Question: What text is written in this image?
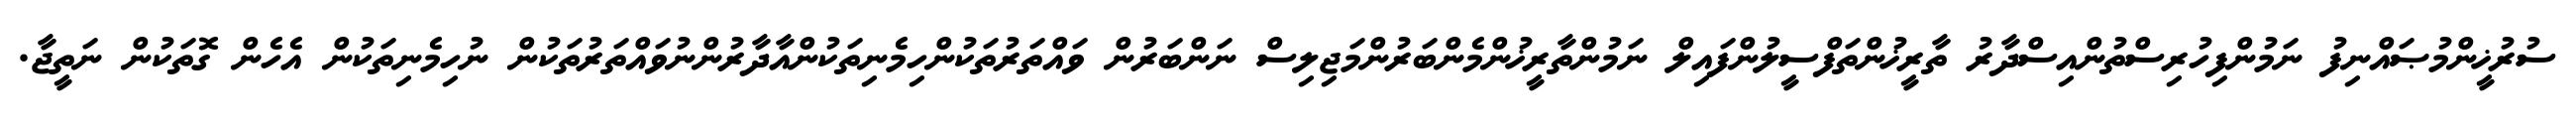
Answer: ސުރުޚީންމުޞައްނިފު ނަމުންފިހުރިސްތުންއިސްދާރު ތާރީޚުންތަފްސީލުންފައިލް ނަމުންތާރީޚުންމެންބަރުންމަޖިލިސް ނަންބަރުން ވައްތަރުތަކުންހިމެނިތަކުންއާދާރުންނުވައްތަރުތަކުން ނުހިމެނިތަކުން އެހެން ގޮތަކުން ނަތީޖާ.